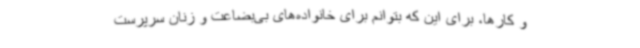
و کارها، برای این که بتوانم برای خانواده‌های بی‌بضاعت و زنان سرپرست